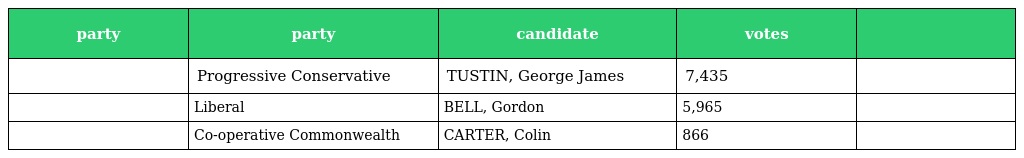
| party | party | candidate | votes |  |
 | --- | --- | --- | --- | --- |
 |  | Progressive Conservative | TUSTIN, George James | 7,435 |  |
 |  | Liberal | BELL, Gordon | 5,965 |  |
 |  | Co-operative Commonwealth | CARTER, Colin | 866 |  |